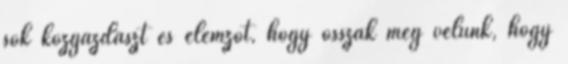
sok közgazdászt és elemzőt, hogy osszák meg velünk, hogy